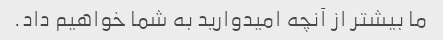
ما بیشتر از آنچه امیدوارید به شما خواهیم داد.